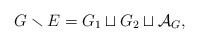
\begin{align*}G \smallsetminus E = G_1 \sqcup G_2 \sqcup \mathcal{A}_G,\end{align*}